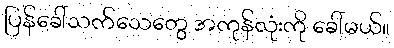
ပြန်ခေါ်သက်သေတွေ အကုန်လုံးကို ခေါ်မယ်။